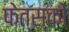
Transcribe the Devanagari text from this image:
फेत्स्को